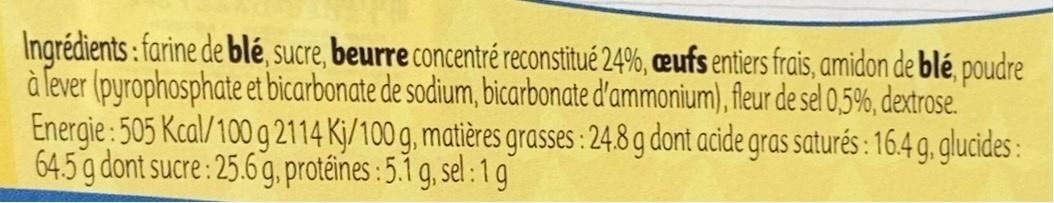
Ingrédients : farine de blé, sucre, beurre concentré reconstitué 24%, cœufs entiers frais, amidon de blé, poudre à lever (pyrophosphate et bicarbonate de sodium, bicarbonate d'ammonium), fleur de sel 0,5%, dextrose. Energie : 505 Kcal/100 g 2114 Kj/100 g, matières grasses : 24.8 g dont acide gras saturés : 16.4 g, glucides : 64.5 g dont sucre: 25.6 g, protáines : 5.1 g, sel:1g